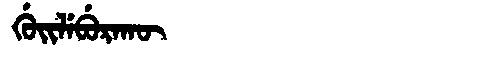
Manchu: ᡤᡠᡳᠯᡝᠪᡠᡵᠠᡴᡡ
Romanization: GUILEBURAKŪ